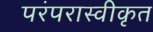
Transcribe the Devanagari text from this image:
परंपरास्वीकृत